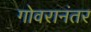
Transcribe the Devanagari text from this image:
गोवरानंतर